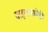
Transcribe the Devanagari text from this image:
वाहनांमध्येही